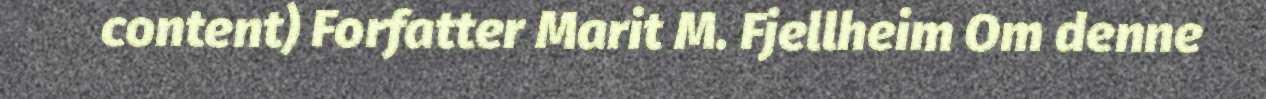
content) Forfatter Marit M. Fjellheim Om denne